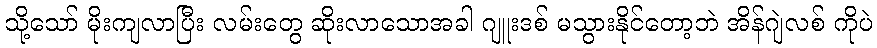
သို့သော် မိုးကျလာပြီး လမ်းတွေ ဆိုးလာသောအခါ ဂျူးဒစ် မသွားနိုင်တော့ဘဲ အိန်ဂျဲလစ် ကိုပဲ